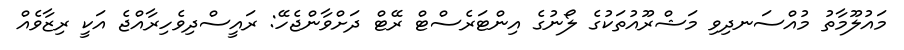
މައުލޫމާތު މުއްސަނދިވި މަޝްރޫއުތަކުގެ ލޯނުގެ އިންޓަރެސްޓް ރޭޓް ދަށްވާންޖެހޭ: ރައީސްދިވެހިރާއްޖެ އަކީ ރިޒާވެއް